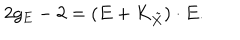
2 g _ { E } - 2 = ( E + K _ { \tilde { X } } ) \cdot E .